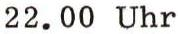
22.00 Uhr